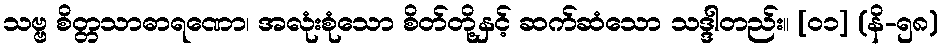
သဗ္ဗ စိတ္တသာဓာရဏော၊ အလုံးစုံသော စိတ်တို့နှင့် ဆက်ဆံသော သဒ္ဒါတည်း။ [၀၁] (နိ-၅၈)